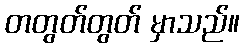
တတွတ်တွတ် မှာသည်။